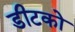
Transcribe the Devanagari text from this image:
डीटको